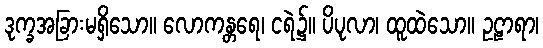
ဒုက္ခအခြားမရှိသော။ လောကန္တရေ၊ ငရဲ၌။ ပိပုလာ၊ ထူထဲသော။ ဥဠာရာ၊